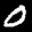
Label: 0